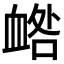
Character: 𧖼